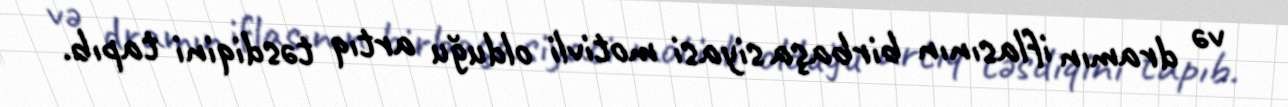
və dramın iflasının birbaşa siyasi motivli olduğu artıq təsdiqini tapıb.